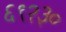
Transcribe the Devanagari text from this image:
६९२३०